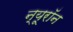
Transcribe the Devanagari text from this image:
न्‍यूरॉन